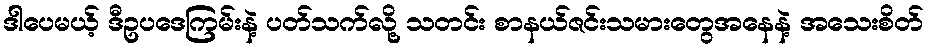
ဒါပေမယ့် ဒီဥပဒေကြမ်းနဲ့ ပတ်သက်လို့ သတင်း စာနယ်ဇင်းသမားတွေအနေနဲ့ အသေးစိတ်